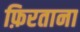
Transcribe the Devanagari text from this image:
फ़िरताना